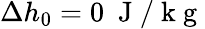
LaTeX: \Delta h_{0}=0~\mathrm{~J~/~k~g~}